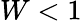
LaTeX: W<1